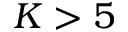
K > 5